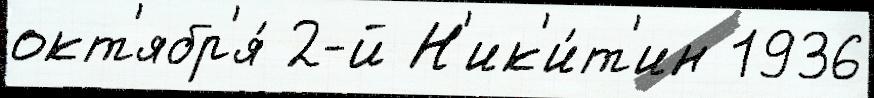
окт'ябр'я́ 2-й Н'ик'и́т'ин 1936